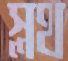
স্লথ